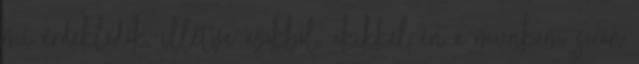
mi érdeklődők, illetve azokból, akikkel én a munkám során